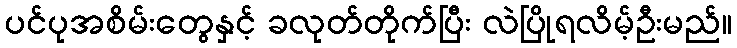
ပင်ပုအစိမ်းတွေနှင့် ခလုတ်တိုက်ပြီး လဲပြိုရလိမ့်ဦးမည်။